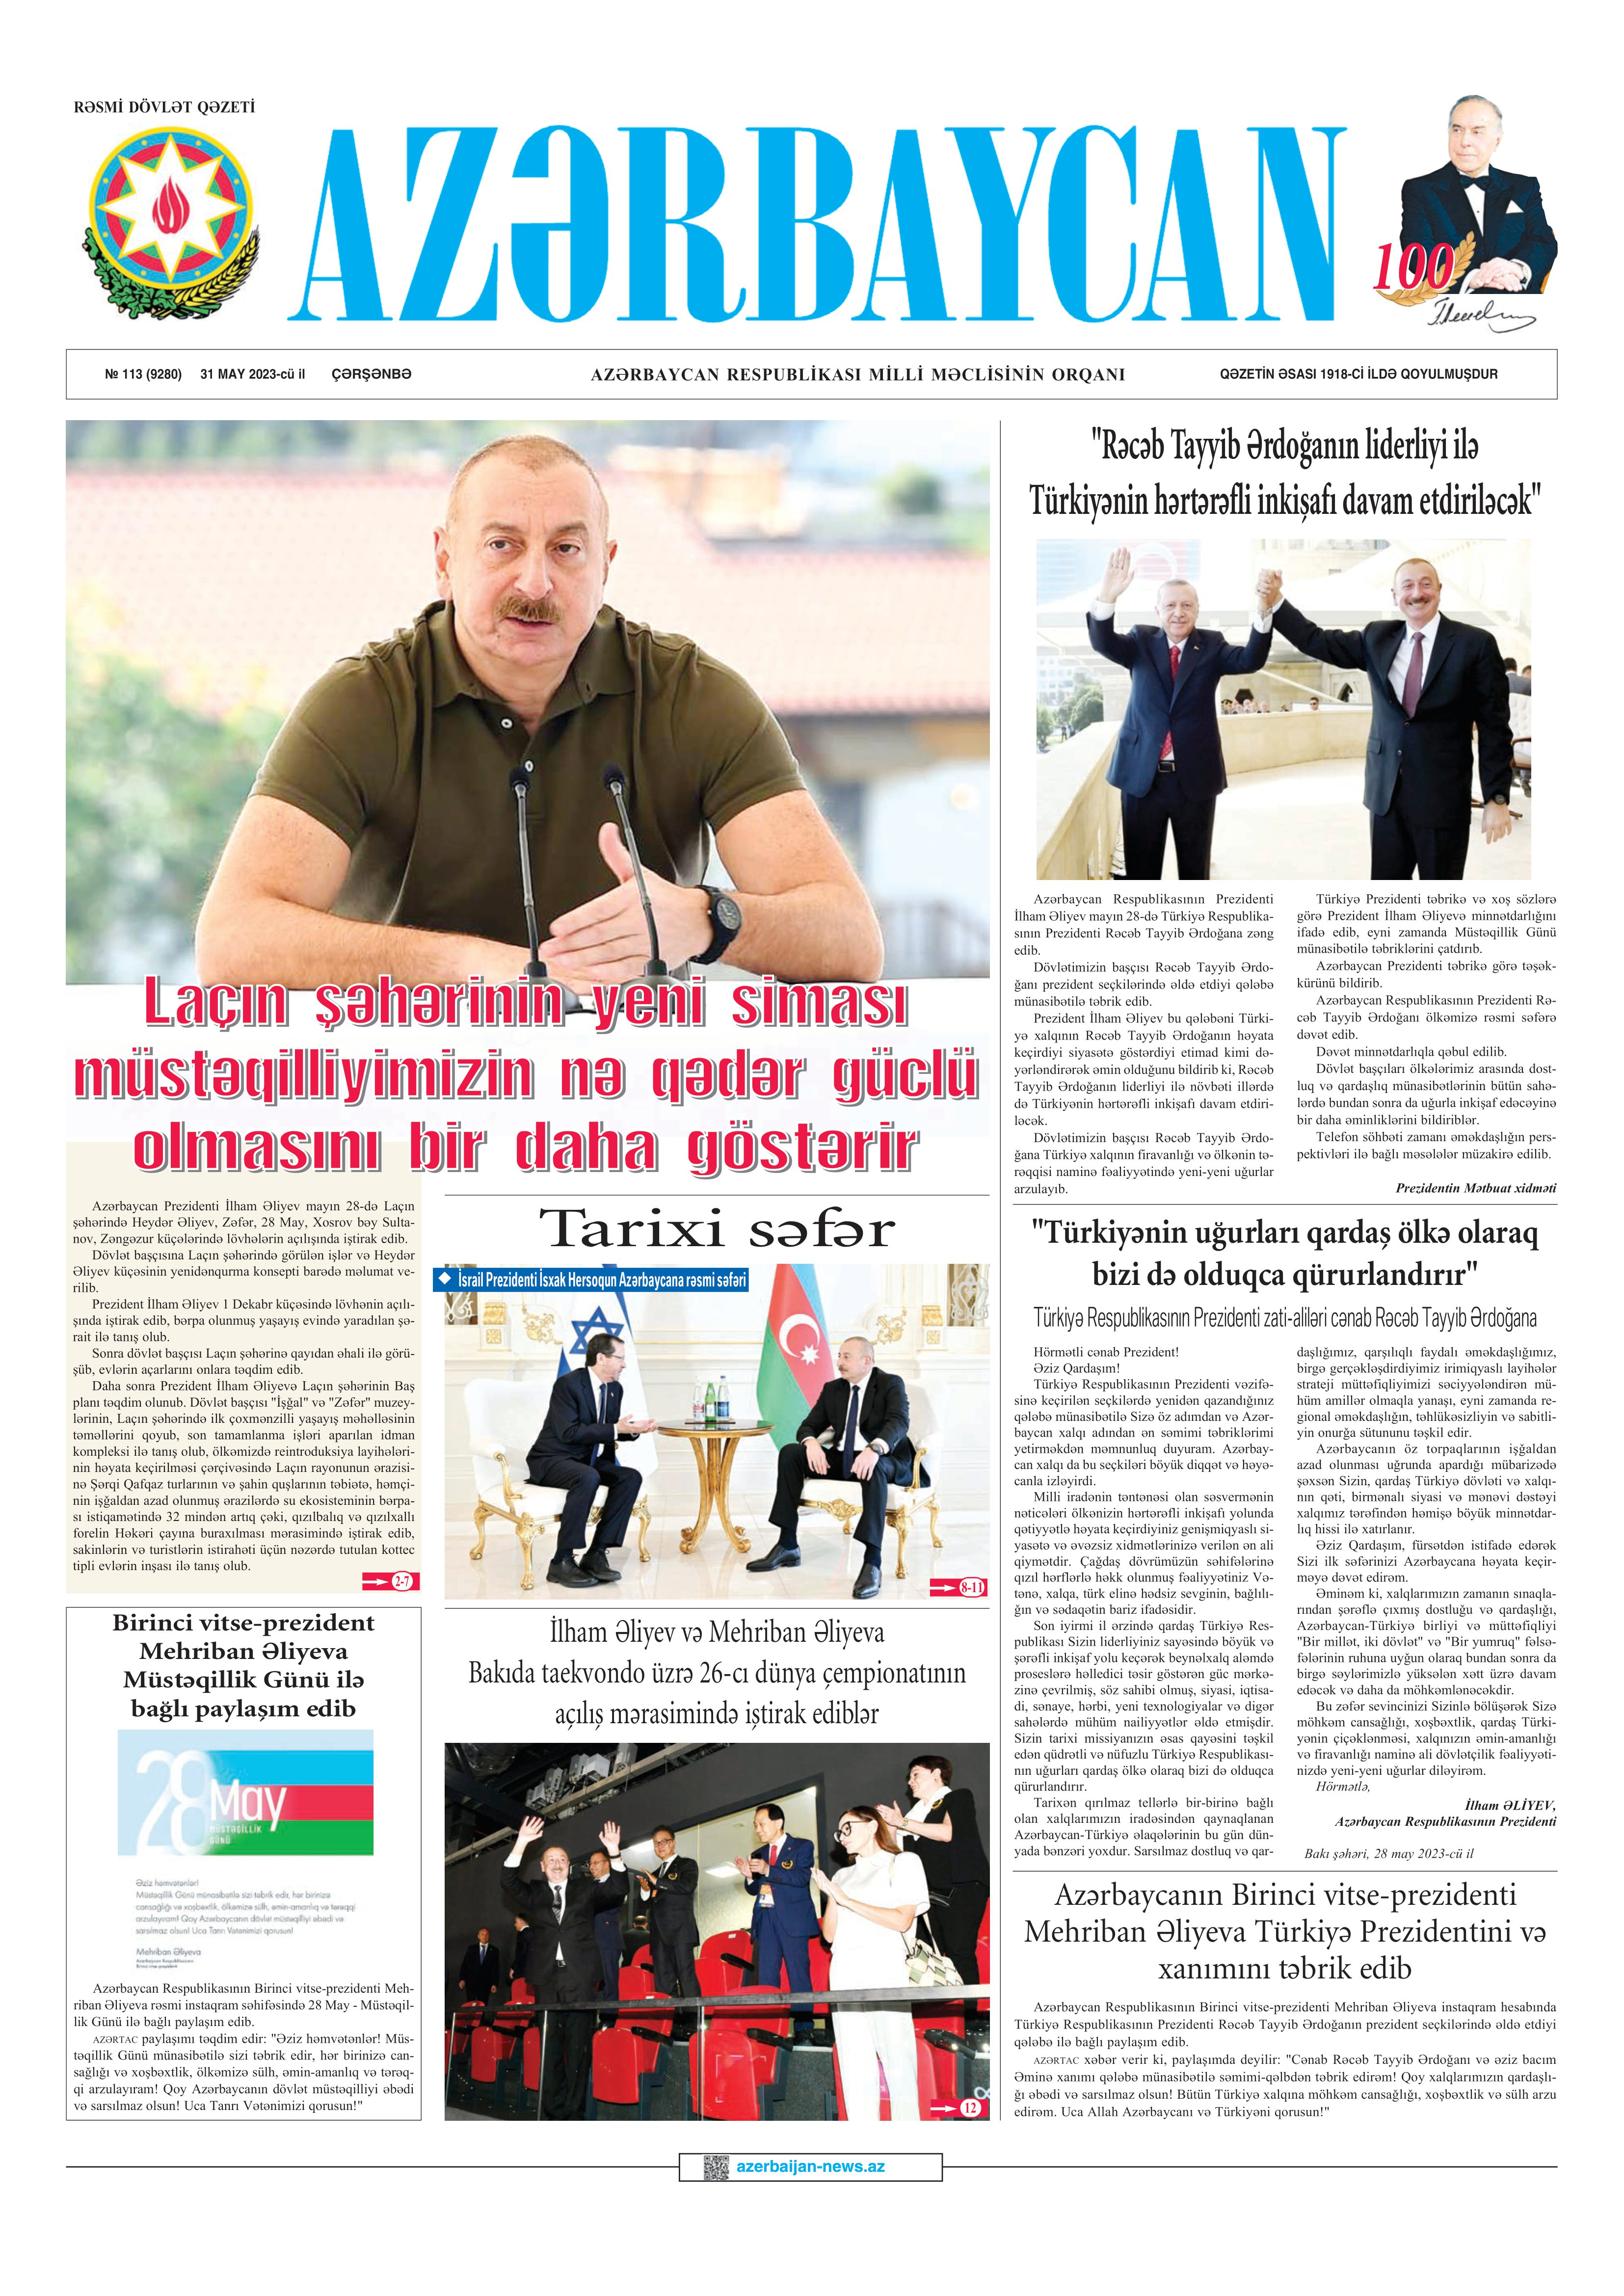
Language: az